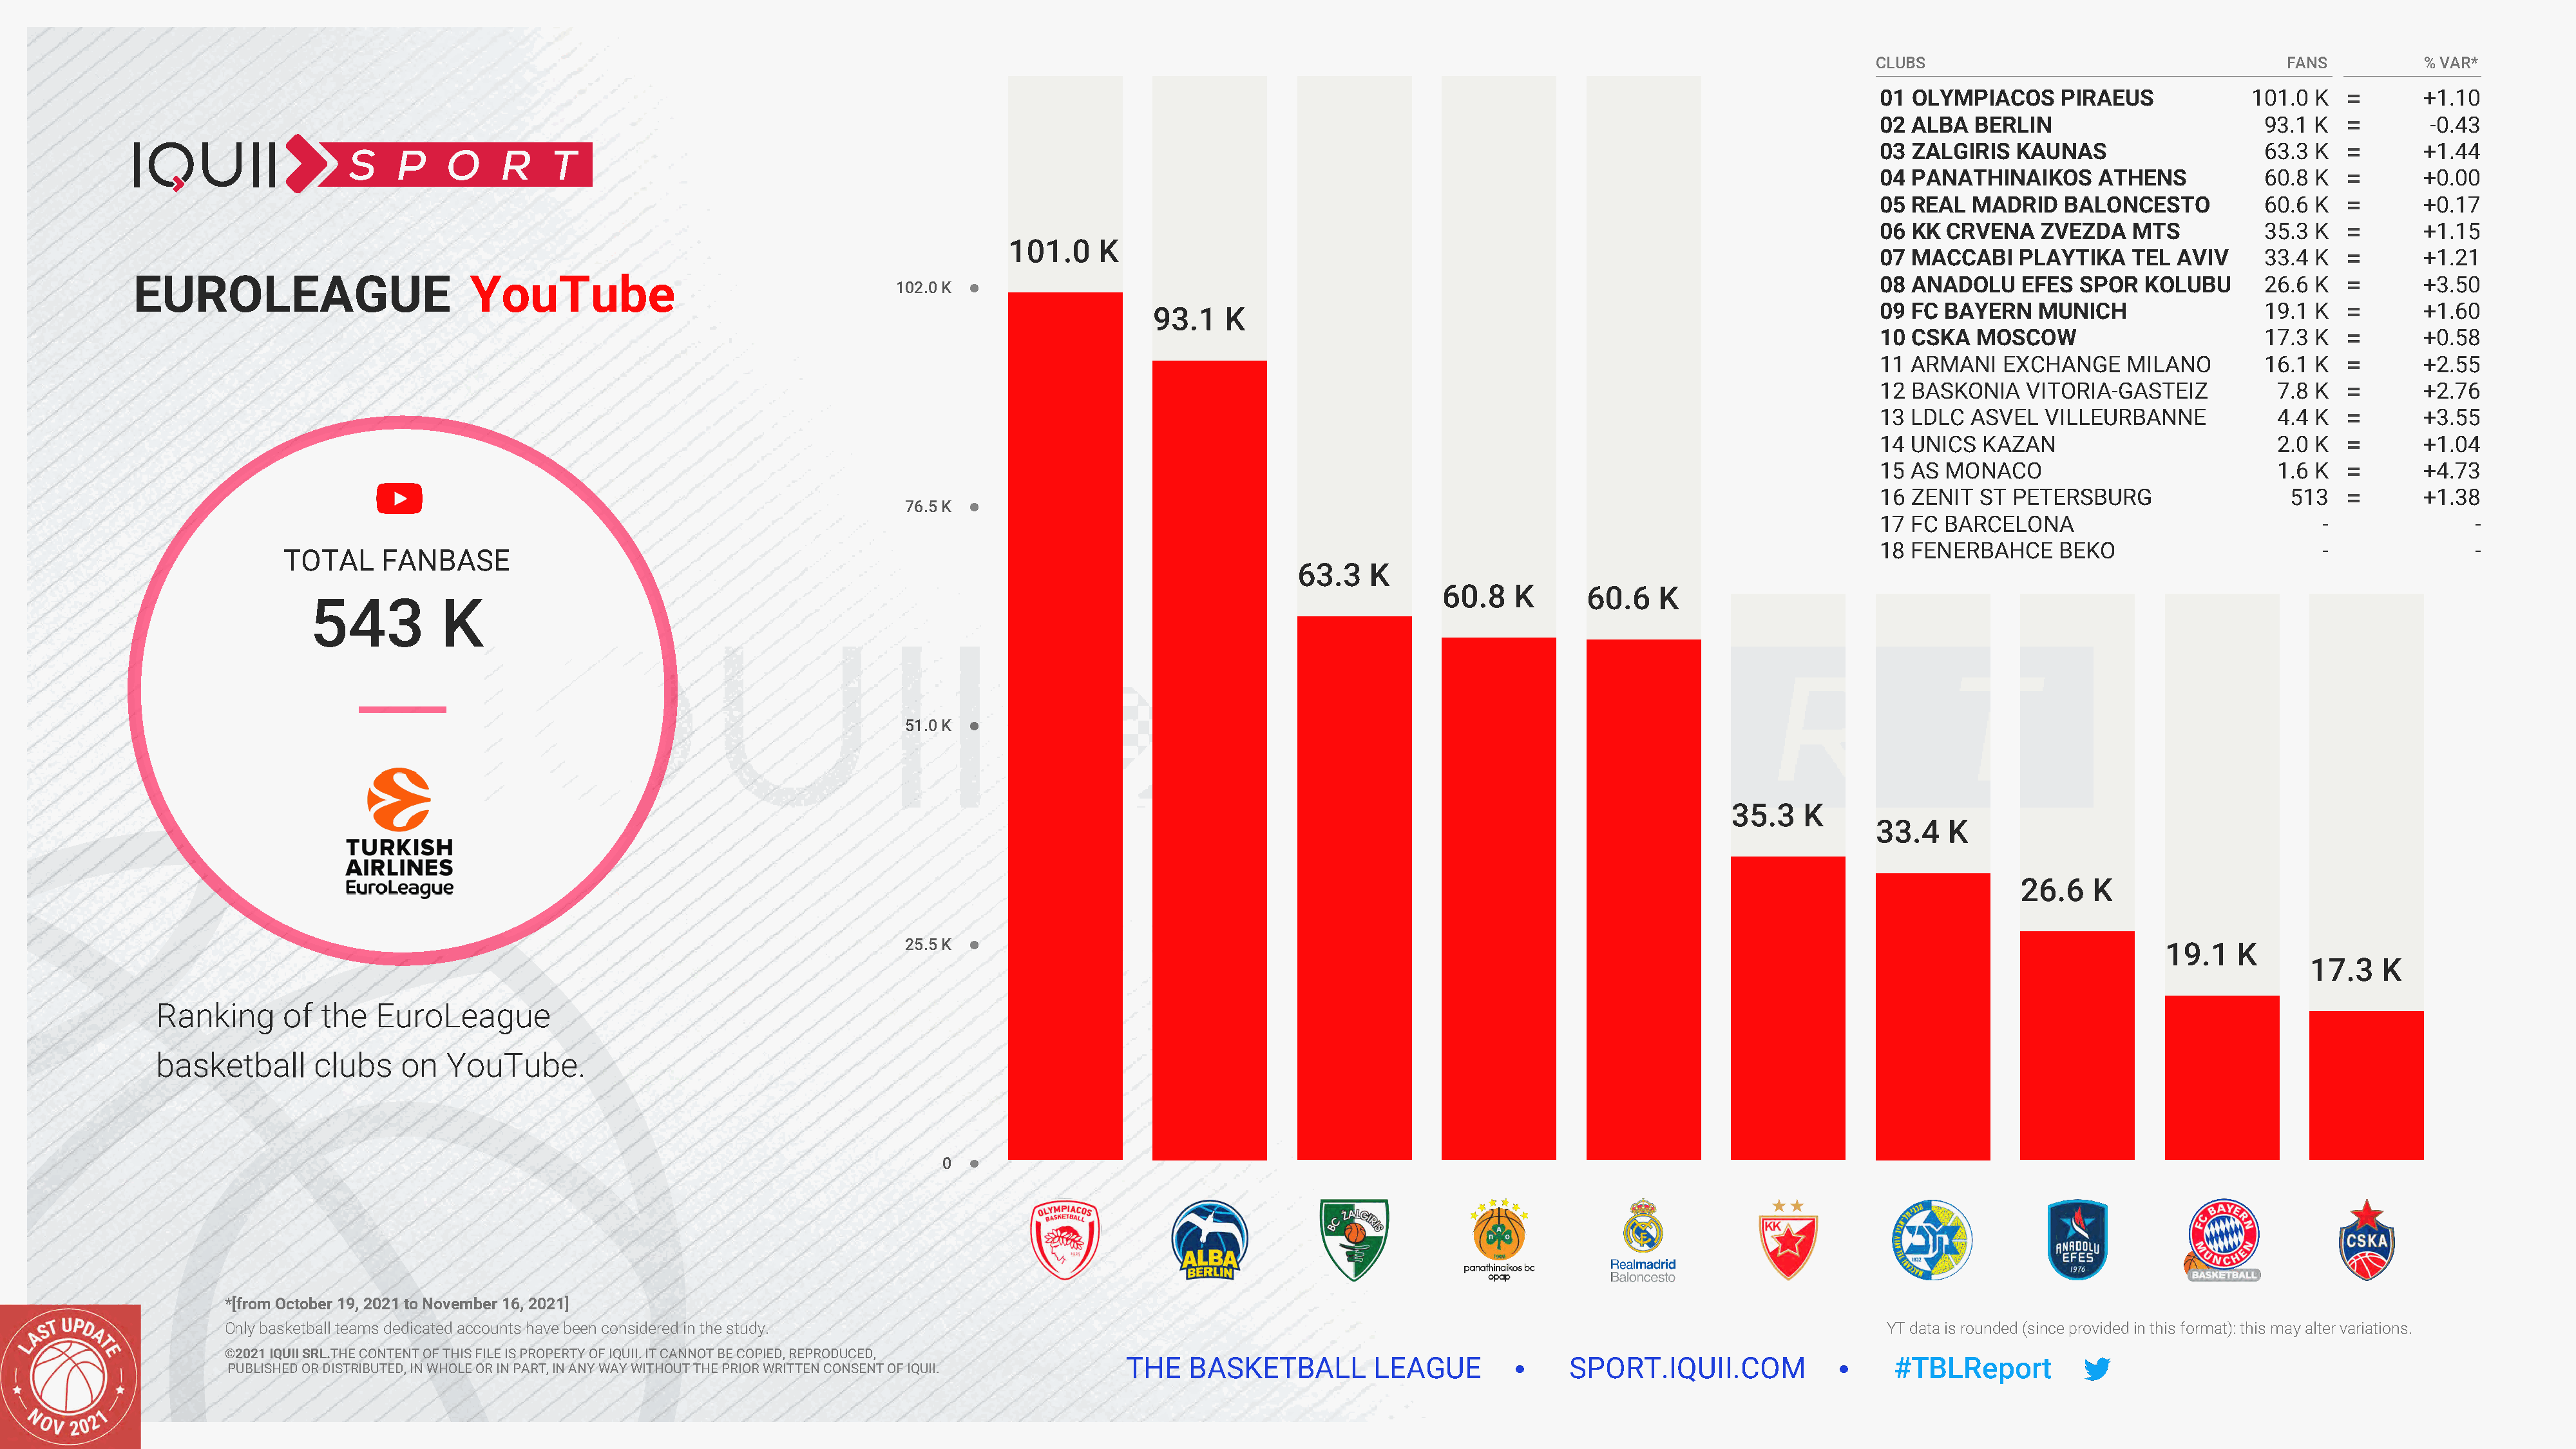
CLUBS                                     FANS          % VAR*
 01 OLYMPIACOS      PIRAEUS            101.0  K          +1.10
 02 ALBA   BERLIN                        93.1 K           -0.43
 03 ZALGIRIS   KAUNAS                    63.3 K          +1.44
 04 PANATHINAIKOS       ATHENS           60.8 K          +0.00
 05 REAL   MADRID   BALONCESTO           60.6 K          +0.17
 06 KK  CRVENA    ZVEZDA   MTS           35.3 K          +1.15
 101.0    K
 07 MACCABI    PLAYTIKA    TEL  AVIV     33.4 K          +1.21
 EUROLEAGUE                        YouTube                                                                                                                                          08 ANADOLU     EFES  SPOR  KOLUBU       26.6 K          +3.50
 102.0 K
 09 FC  BAYERN   MUNICH                  19.1 K          +1.60
 93.1    K
 10 CSKA   MOSCOW                        17.3 K          +0.58
 11 ARMANI    EXCHANGE     MILANO        16.1 K          +2.55
 12 BASKONIA    VITORIA-GASTEIZ           7.8 K          +2.76
 13 LDLC   ASVEL  VILLEURBANNE            4.4 K          +3.55
 14 UNICS   KAZAN                         2.0 K          +1.04
 15 AS  MONACO                            1.6 K          +4.73
 16 ZENIT  ST  PETERSBURG                  513           +1.38
 76.5 K
 17 FC  BARCELONA                              -              -
 18 FENERBAHCE      BEKO                       -              -
 TOTAL     FANBASE
 63.3    K
 60.8    K      60.6   K
 543          K
 51.0 K
 35.3   K
 33.4   K
 26.6   K
 25.5 K                                                                                                                           19.1    K
 17.3    K
 Ranking      of  the   EuroLeague
 basketball      clubs    on   YouTube.
 0
 *[from October 19, 2021 to November 16, 2021]
 Only basketball teams dedicated accounts have been considered in the study.                                                                                                YT data is rounded (since provided in this format): this may alter variations.
 ©2021 IQUII SRL.THE CONTENT OF THIS FILE IS PROPERTY OF IQUII. IT CANNOT BE COPIED, REPRODUCED,
 THE   BASKETBALL         LEAGUE              SPORT.IQUII.COM                   #TBLReport
 PUBLISHED OR DISTRIBUTED, IN WHOLE OR IN PART, IN ANY WAY WITHOUT THE PRIOR WRITTEN CONSENT OF IQUII.